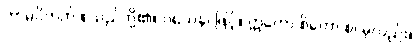
ကာမဝိတက် စသည်တို့၏။ ဝသေန၊ ဖြင့်။ ဣတော စိတော စ၊ မှလည်း။